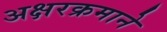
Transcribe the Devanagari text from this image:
अक्षरक्रमाने